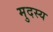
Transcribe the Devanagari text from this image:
मुदस्य